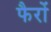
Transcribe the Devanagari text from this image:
फैरों